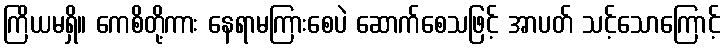
ကြိယမရှိ။ ကေစိတို့ကား နေရာမကြားစေပဲ ဆောက်စေသဖြင့် အာပတ် သင့်သောကြောင့်